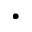
\cdot